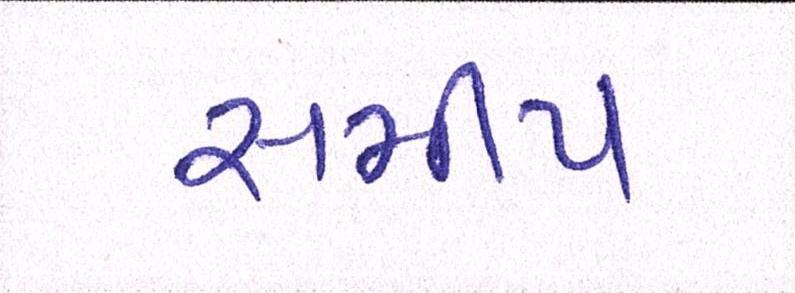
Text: સમીપ